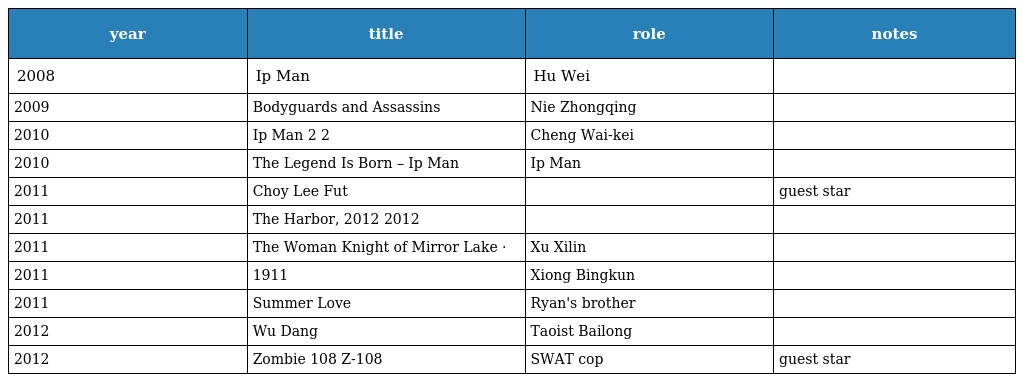
| year | title | role | notes |
 | --- | --- | --- | --- |
 | 2008 | Ip Man 葉問 | Hu Wei |  |
 | 2009 | Bodyguards and Assassins 十月圍城 | Nie Zhongqing |  |
 | 2010 | Ip Man 2 葉問2 | Cheng Wai-kei |  |
 | 2010 | The Legend Is Born – Ip Man 葉問前傳 | Ip Man |  |
 | 2011 | Choy Lee Fut 蔡李佛 |  | guest star |
 | 2011 | The Harbor, 2012 港都2012 |  |  |
 | 2011 | The Woman Knight of Mirror Lake 競雄女俠·秋瑾 | Xu Xilin |  |
 | 2011 | 1911 辛亥革命 | Xiong Bingkun |  |
 | 2011 | Summer Love 戀夏戀夏戀戀下 | Ryan's brother |  |
 | 2012 | Wu Dang 大武當之天地密碼 | Taoist Bailong |  |
 | 2012 | Zombie 108 棄城Z-108 | SWAT cop | guest star |